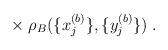
\begin{align*}\times \; \rho_B(\{x_j^{(b)}\}, \{y_j^{(b)}\}) \; .\end{align*}